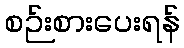
စဉ်းစားပေးရန်